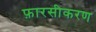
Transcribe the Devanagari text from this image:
फ़ारसीकरण